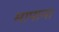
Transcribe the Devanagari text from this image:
मापाना